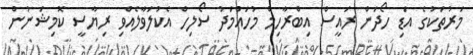
މަރުތަކުގެ އަޑި ހޯދަން ރައީސް އިބްރާހިމް މުހައްމަދު ސޯލިހް އެކުލަވާލެއްވި ރިޔާސީ ކޮމިޝަނުން